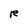
Character: R